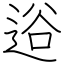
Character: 逧